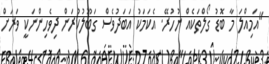
"އަމިއްލަ މާ ބޮޑު ގޯލްތަކެއް ނުހުރޭ. އެކަމަކު އަބަދުވެސް ގަބޫލުކުރަން ދިވެހިންނަކީ ވަރަށް